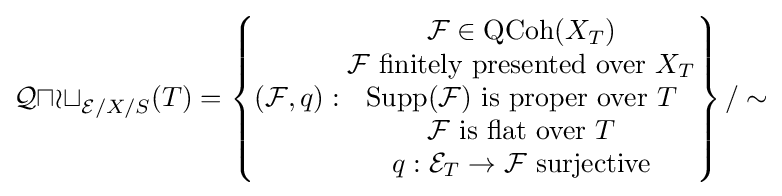
{\mathcal {Quot}}_{{\mathcal {E}}/X/S}(T)=\left\{({\mathcal {F}},q):{\begin{matrix}{\mathcal {F}}\in {\text{QCoh}}(X_{T})\\{\mathcal {F}}\ {\text{finitely presented over}}\ X_{T}\\{\text{Supp}}({\mathcal {F}}){\text{ is proper over }}T\\{\mathcal {F}}{\text{ is flat over }}T\\q:{\mathcal {E}}_{T}\to {\mathcal {F}}{\text{ surjective}}\end{matrix}}\right\}/\sim